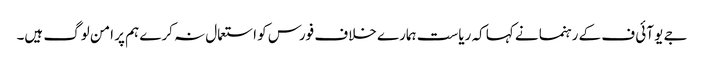
جے یو آئی ف کے رہنما نے کہا کہ ریاست ہمارے خلاف فورس کو استعمال نہ کرے ہم پر امن لوگ ہیں۔